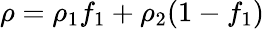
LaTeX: \rho=\rho_{1}f_{1}+\rho_{2}(1-f_{1})